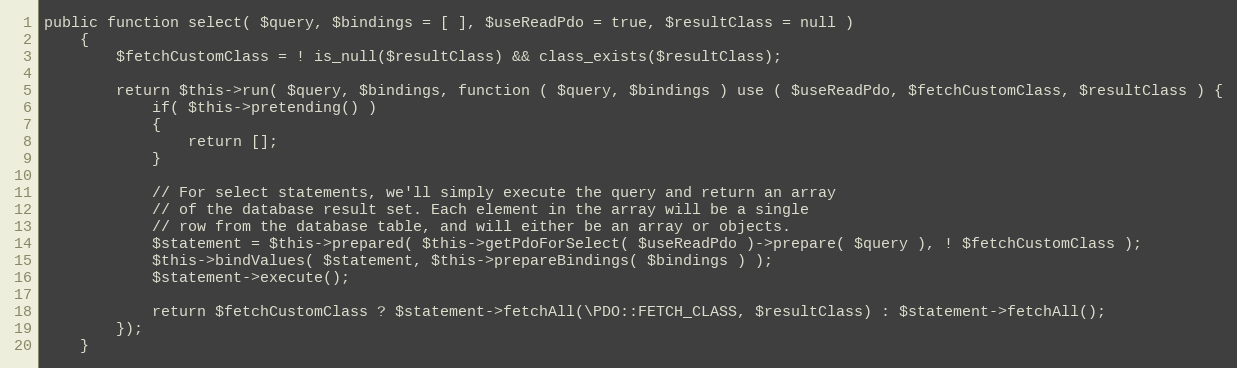
Language: PHP
public function select( $query, $bindings = [ ], $useReadPdo = true, $resultClass = null )
	{
		$fetchCustomClass = ! is_null($resultClass) && class_exists($resultClass);

		return $this->run( $query, $bindings, function ( $query, $bindings ) use ( $useReadPdo, $fetchCustomClass, $resultClass ) {
			if( $this->pretending() )
			{
				return [];
			}

			// For select statements, we'll simply execute the query and return an array
			// of the database result set. Each element in the array will be a single
			// row from the database table, and will either be an array or objects.
			$statement = $this->prepared( $this->getPdoForSelect( $useReadPdo )->prepare( $query ), ! $fetchCustomClass );
			$this->bindValues( $statement, $this->prepareBindings( $bindings ) );
			$statement->execute();

			return $fetchCustomClass ? $statement->fetchAll(\PDO::FETCH_CLASS, $resultClass) : $statement->fetchAll();
		});
	}